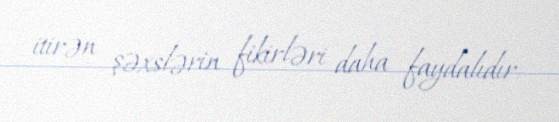
itirən şəxslərin fikirləri daha faydalıdır.